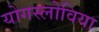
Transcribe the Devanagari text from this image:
योगस्लोविया